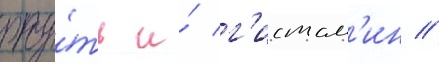
рту́ть и́ г'истам'ин //